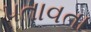
પતાવતા